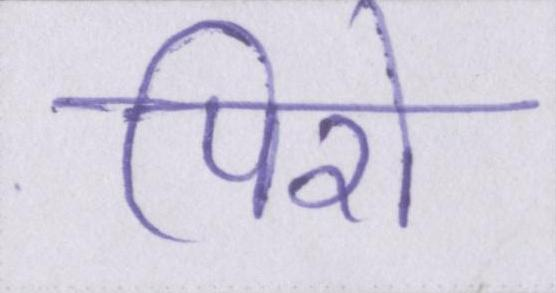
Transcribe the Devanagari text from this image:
पिरो